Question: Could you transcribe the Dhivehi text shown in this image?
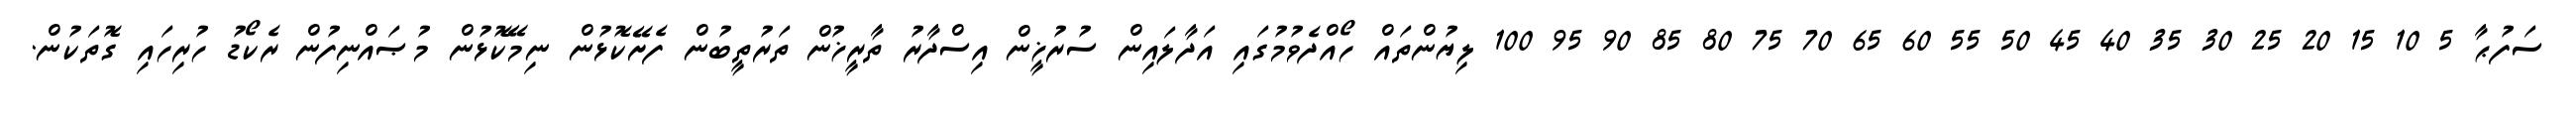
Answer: ސަފުޙާ 5 10 15 20 25 30 35 40 45 50 55 60 65 70 75 80 85 90 95 100 ލިޔުންތައް ހޯއްދެވުމުގައި އަދާލައިން ސުރުޚީން އިސްދާރު ތާރީޚުން ތަރުތީބުން ފެށޭކޮޅުން ނިމޭކޮޅުން މުޞައްނިފުން ރެކޯޑު ހުރިހައި ގޮތަކުން.